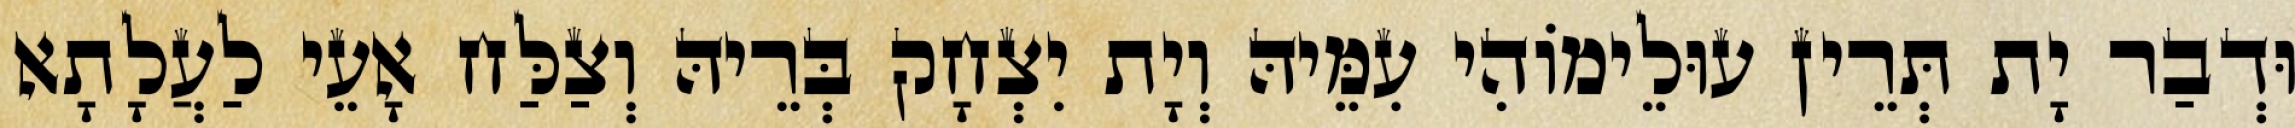
וּדְבַר יָת תְּרֵין עוּלֵימוֹהִי עִמֵּיהּ וְיָת יִצְחָק בְּרֵיהּ וְצַלַּח אָעֵי לַעֲלָתָא